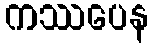
ကဿပေန